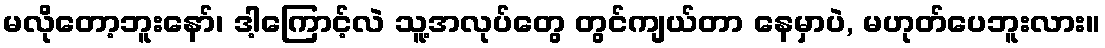
မလိုတော့ဘူးနော်၊ ဒါ့ကြောင့်လဲ သူ့အလုပ်တွေ တွင်ကျယ်တာ နေမှာပဲ, မဟုတ်ပေဘူးလား။